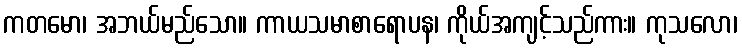
ကတမော၊ အဘယ်မည်သော။ ကာယသမာစာရောပန၊ ကိုယ်အကျင့်သည်ကား။ ကုသလော၊